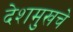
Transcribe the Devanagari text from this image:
देशमुखचे